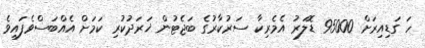
ހަ ގަޑިއިރަށް 95000 ޑޮލަރު އެމެރިކާ ސަރުކާރުގެ ބަޖެޓުން ޚަރަދުކުރި ކަމަށް އެއްބަސްވެފައިވެ